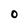
Character: O